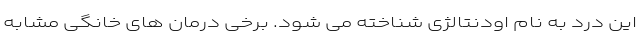
این درد به نام اودنتالژی شناخته می شود. برخی درمان های خانگی مشابه